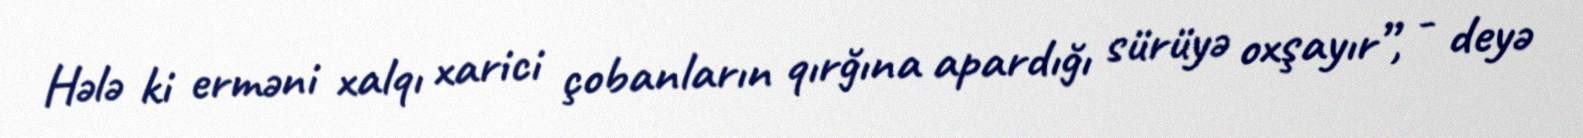
Hələ ki erməni xalqı xarici çobanların qırğına apardığı sürüyə oxşayır”, - deyə